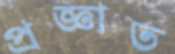
প্রজ্ঞাত